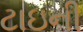
ટાઇની